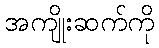
အကျိုးဆက်ကို